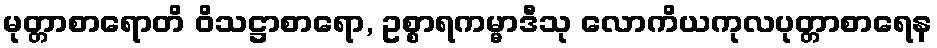
မုတ္တာစာရောတိ ဝိသဋ္ဌာစာရော, ဥစ္စာရကမ္မာဒီသု လောကိယကုလပုတ္တာစာရေန